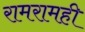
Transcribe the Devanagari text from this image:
रामरामही